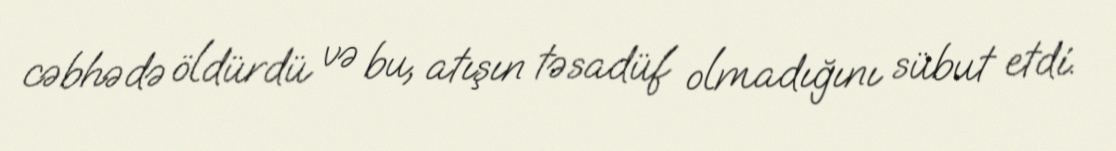
cəbhədə öldürdü və bu, atışın təsadüf olmadığını sübut etdi.